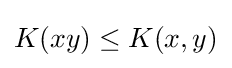
K(xy)\leq K(x,y)